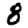
Digit: 8